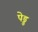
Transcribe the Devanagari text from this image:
पेड्ड